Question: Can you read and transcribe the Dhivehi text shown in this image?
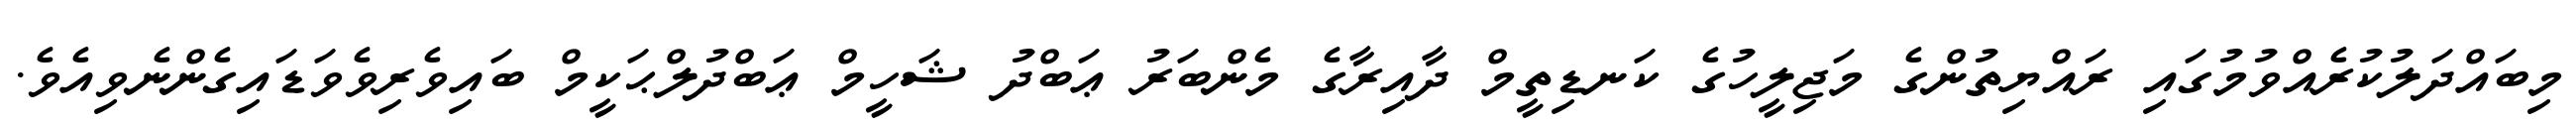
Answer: މިބައްދަލުކުރެއްވުމުގައި ރައްޔިތުންގެ މަޖިލީހުގެ ކަނޑިތީމް ދާއިރާގެ މެންބަރު ޢަބްދު ޝަހީމް ޢަބްދުލްޙަކީމް ބައިވެރިވެވަޑައިގެންނެވިއެވެ.